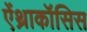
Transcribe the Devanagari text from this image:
ऐंथ्राकॉसिस